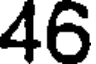
46